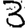
Digit: 3